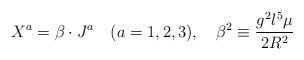
LaTeX: \begin{align*}X^{a}=\beta\cdot J^{a} \quad (a=1,2,3),\quad \beta^{2}\equiv\frac{g^{2}l^{5}\mu}{2R^{2}}\end{align*}